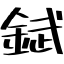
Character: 錻